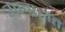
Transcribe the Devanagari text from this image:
उपग्रहात